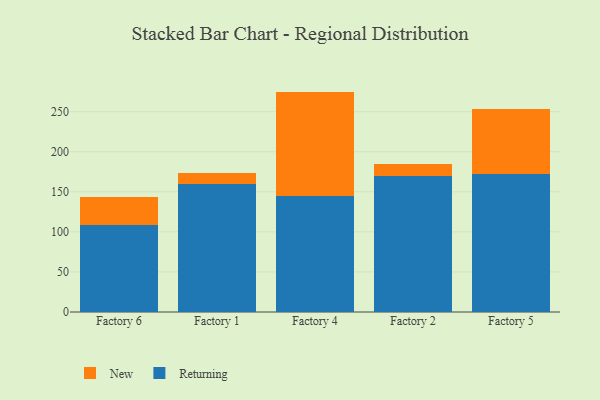
{"axis": {"x": "Factory", "y": "Humidity (%)"}, "legend": ["New", "Returning"], "data": [{"x": "Factory 6", "y": 108.9, "type": "Returning"}, {"x": "Factory 6", "y": 34.7, "type": "New"}, {"x": "Factory 1", "y": 159.4, "type": "Returning"}, {"x": "Factory 1", "y": 14.1, "type": "New"}, {"x": "Factory 4", "y": 144.2, "type": "Returning"}, {"x": "Factory 4", "y": 130.9, "type": "New"}, {"x": "Factory 2", "y": 169.7, "type": "Returning"}, {"x": "Factory 2", "y": 15.4, "type": "New"}, {"x": "Factory 5", "y": 171.7, "type": "Returning"}, {"x": "Factory 5", "y": 81.8, "type": "New"}]}